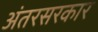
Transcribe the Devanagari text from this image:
अंतरसरकार